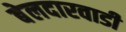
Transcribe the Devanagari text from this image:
बेलदारवाडी